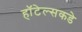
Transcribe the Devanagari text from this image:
हॉटेल्सकडे